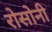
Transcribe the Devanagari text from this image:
रोसोनी